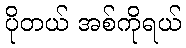
ပိုတယ် အစ်ကိုရယ်